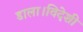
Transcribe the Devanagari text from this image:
डाला।विदेशी